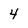
Character: 4